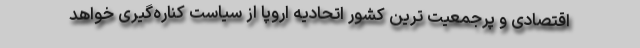
اقتصادی و پرجمعیت ترین کشور اتحادیه اروپا از سیاست کناره‌گیری خواهد